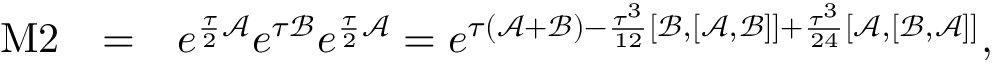
\begin{array} { r l r } { \mathrm { M } 2 } & { = } & { e ^ { \frac { \tau } { 2 } \mathcal { A } } e ^ { \tau \mathcal { B } } e ^ { \frac { \tau } { 2 } \mathcal { A } } = e ^ { \tau ( \mathcal { A } + \mathcal { B } ) - \frac { \tau ^ { 3 } } { 1 2 } [ \mathcal { B } , [ \mathcal { A } , \mathcal { B } ] ] + \frac { \tau ^ { 3 } } { 2 4 } [ \mathcal { A } , [ \mathcal { B } , \mathcal { A } ] ] } , } \end{array}